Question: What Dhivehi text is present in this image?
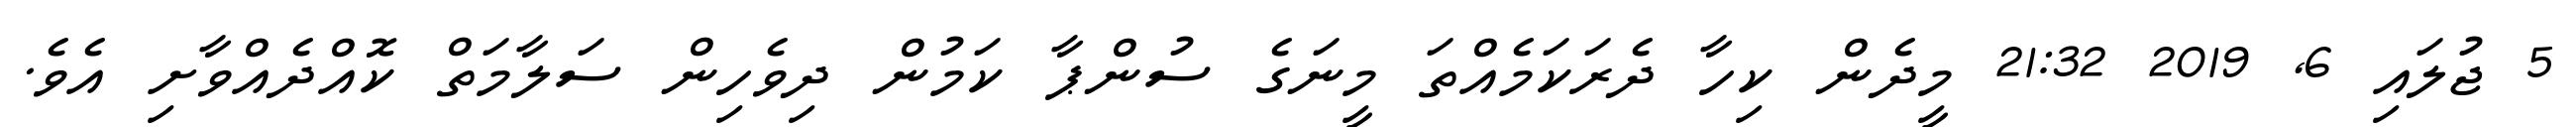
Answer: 5 ޖުލައި 6, 2019 21:32 މީދެން ކިހާ ދެރަކަމެއްތަ މީނަގެ ސުންޕާ ކަމުން ދިވެހިން ސަލާމަތް ކޮއްދެއްވާށި އެވެ.